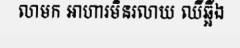
លាមក អាហារមិនរលាយ ឈឺឆ្អឹង